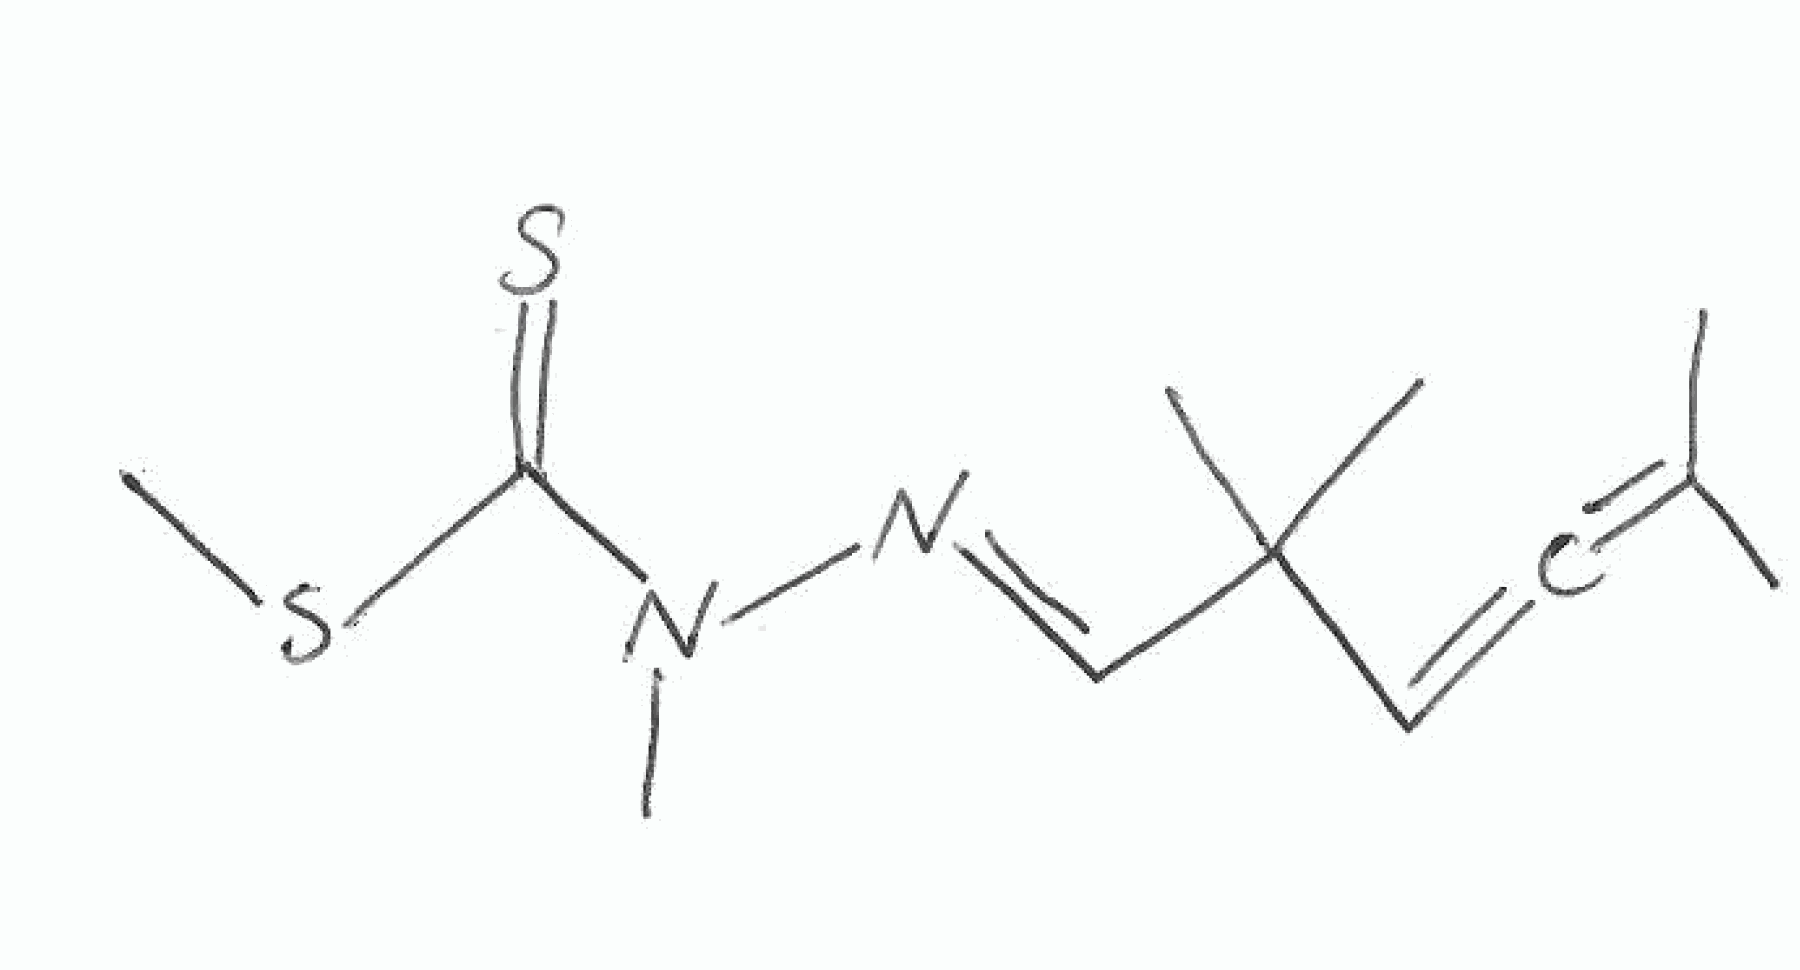
Simplified molecular-input line-entry system (SMILES) notation of the given molecule:
CC(=C=CC(C)(C)/C=N/N(C)C(=S)SC)C